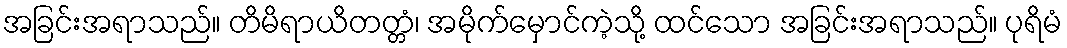
အခြင်းအရာသည်။ တိမိရာယိတတ္တံ၊ အမိုက်မှောင်ကဲ့သို့ ထင်သော အခြင်းအရာသည်။ ပုရိမံ